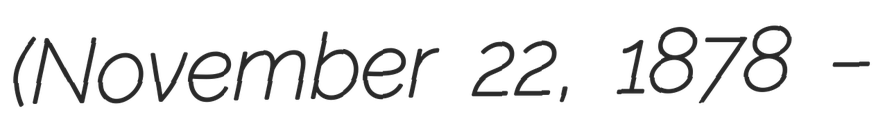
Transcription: (November 22, 1878 –